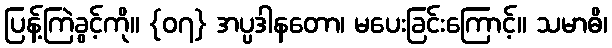
ပြန့်ကြဲခွင့်ကို။ {၀၇} အပ္ပဒါနတော၊ မပေးခြင်းကြောင့်။ သမာဓိ၊